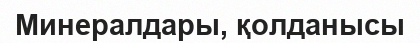
Минералдары, қолданысы